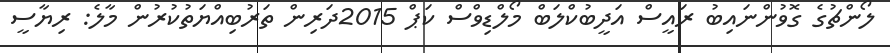
ލޯންޗުގެ ގޮވުންނައިބު ރައީސް އަދީބުކްލަބް މޯލްޑިވްސް ކަޕް 2015ދަރިން ތަރުބިއްޔަތުކުރުން މާލެ: ރިޔާސީ